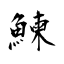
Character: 鰊